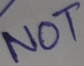
Text: NOT